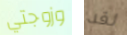
وزوجتي لقد